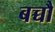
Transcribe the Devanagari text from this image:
बच्चौ